Civil Veterinary Dept. North-West Frontier Province 1923-32 - 1923-1932
Year: 1923
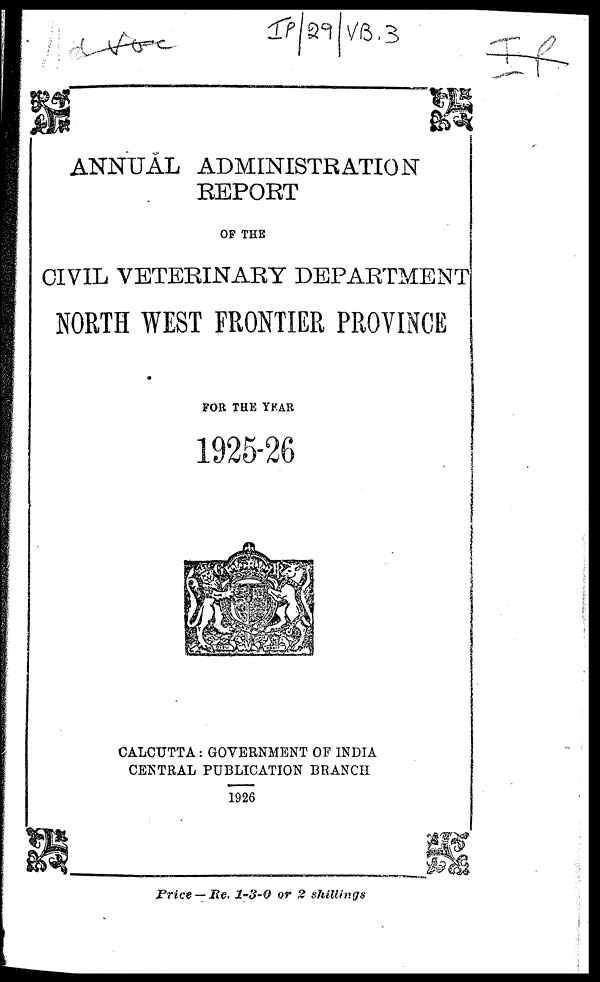
ANNUAL ADMINISTRATION
REPORT
OF THE
CIVIL VETERINARY DEPARTMENT
NORTH WEST FRONTIER PROVINCE
FOR THE YEAR
1925-26
CALCUTTA: GOVERNMENT OF INDIA
CENTRAL PUBLICATION BRANCH
1926
Price— Re. 1-3-0 or 2 shillings